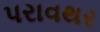
પરાવથર